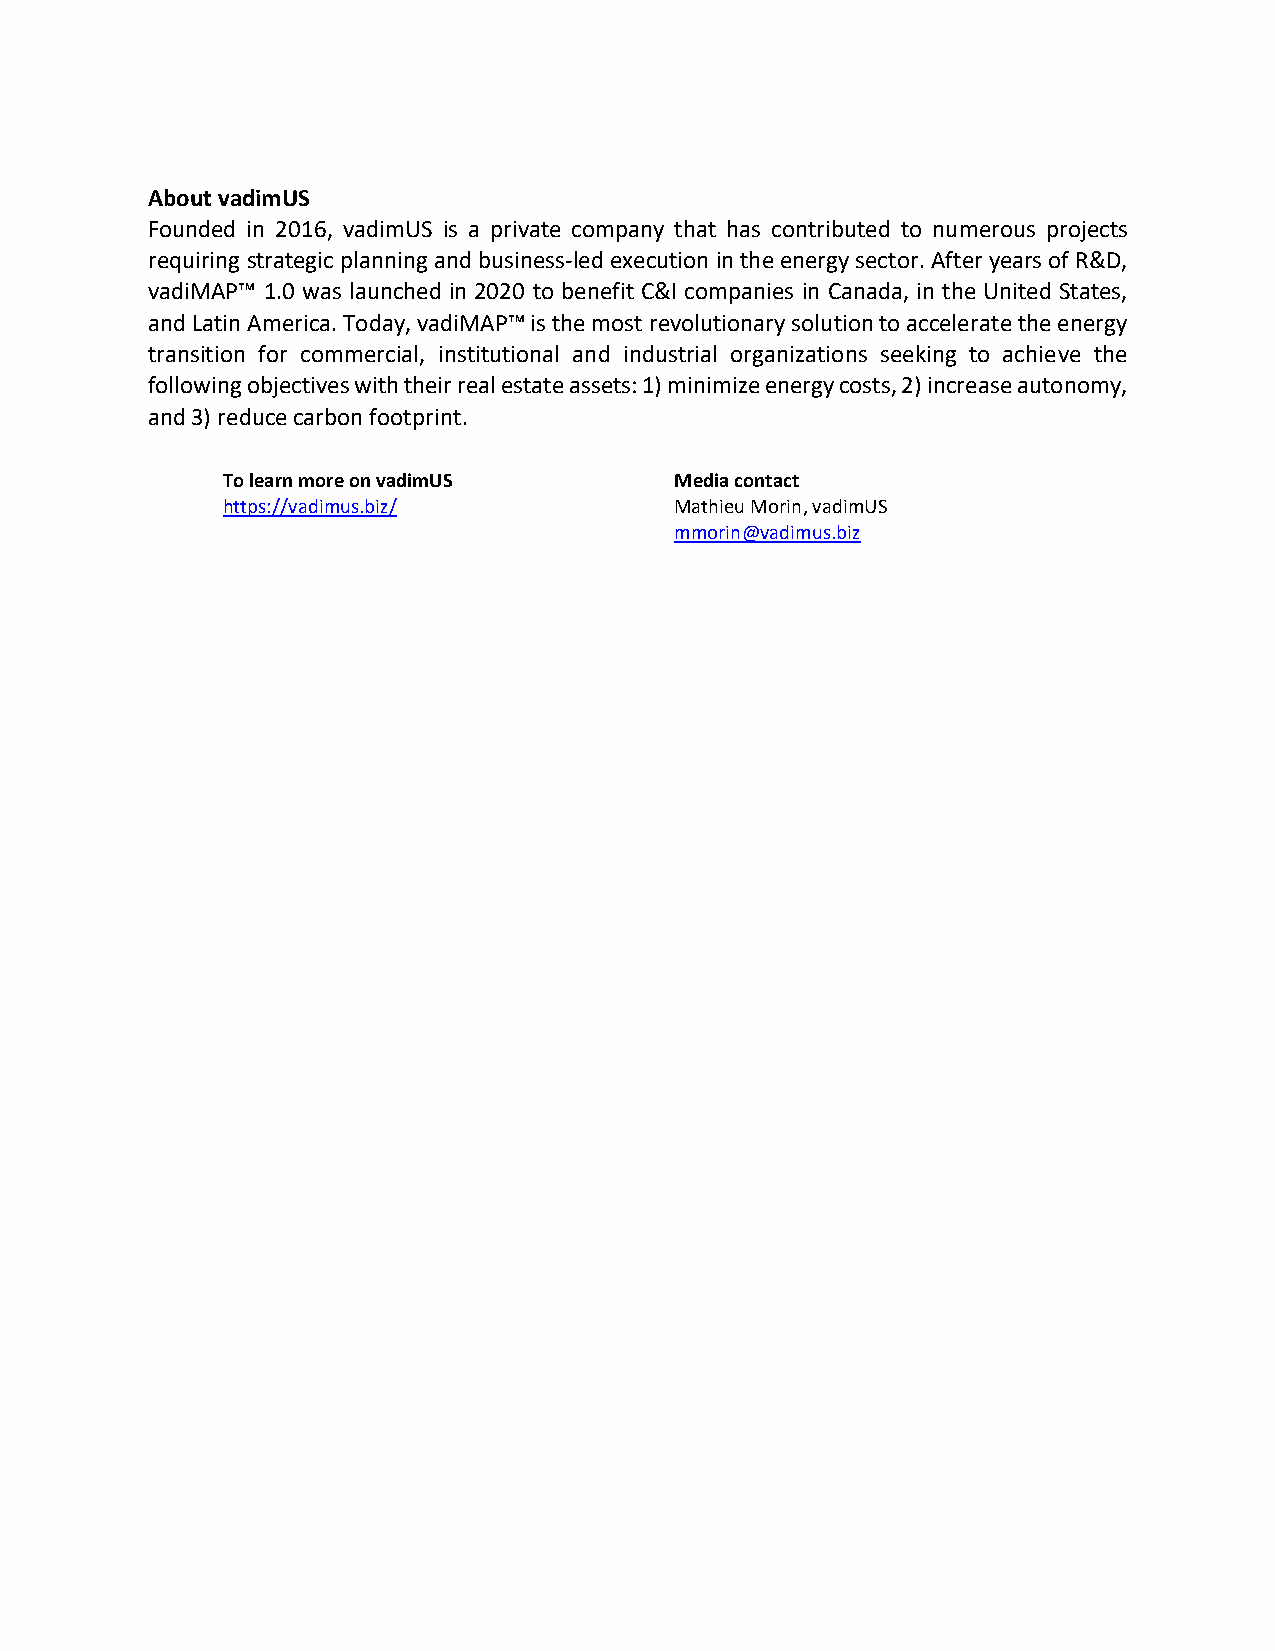
About vadimUS
 Founded in 2016, vadimUS is a private company that has contributed to numerous projects
 requiring strategic planning and business-led execution in the energy sector. After years of R&D,
 vadiMAP™ 1.0 was launched in 2020 to benefit C&I companies in Canada, in the United States,
 and Latin America. Today, vadiMAP™ is the most revolutionary solution to accelerate the energy
 transition for commercial, institutional and industrial organizations seeking to achieve the
 following objectives with their real estate assets: 1) minimize energy costs, 2) increase autonomy,
 and 3) reduce carbon footprint.
 To learn more on vadimUS      Media contact
 https://vadimus.biz/          Mathieu Morin, vadimUS
 mmorin@vadimus.biz